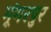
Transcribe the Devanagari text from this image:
मूंगरपुर